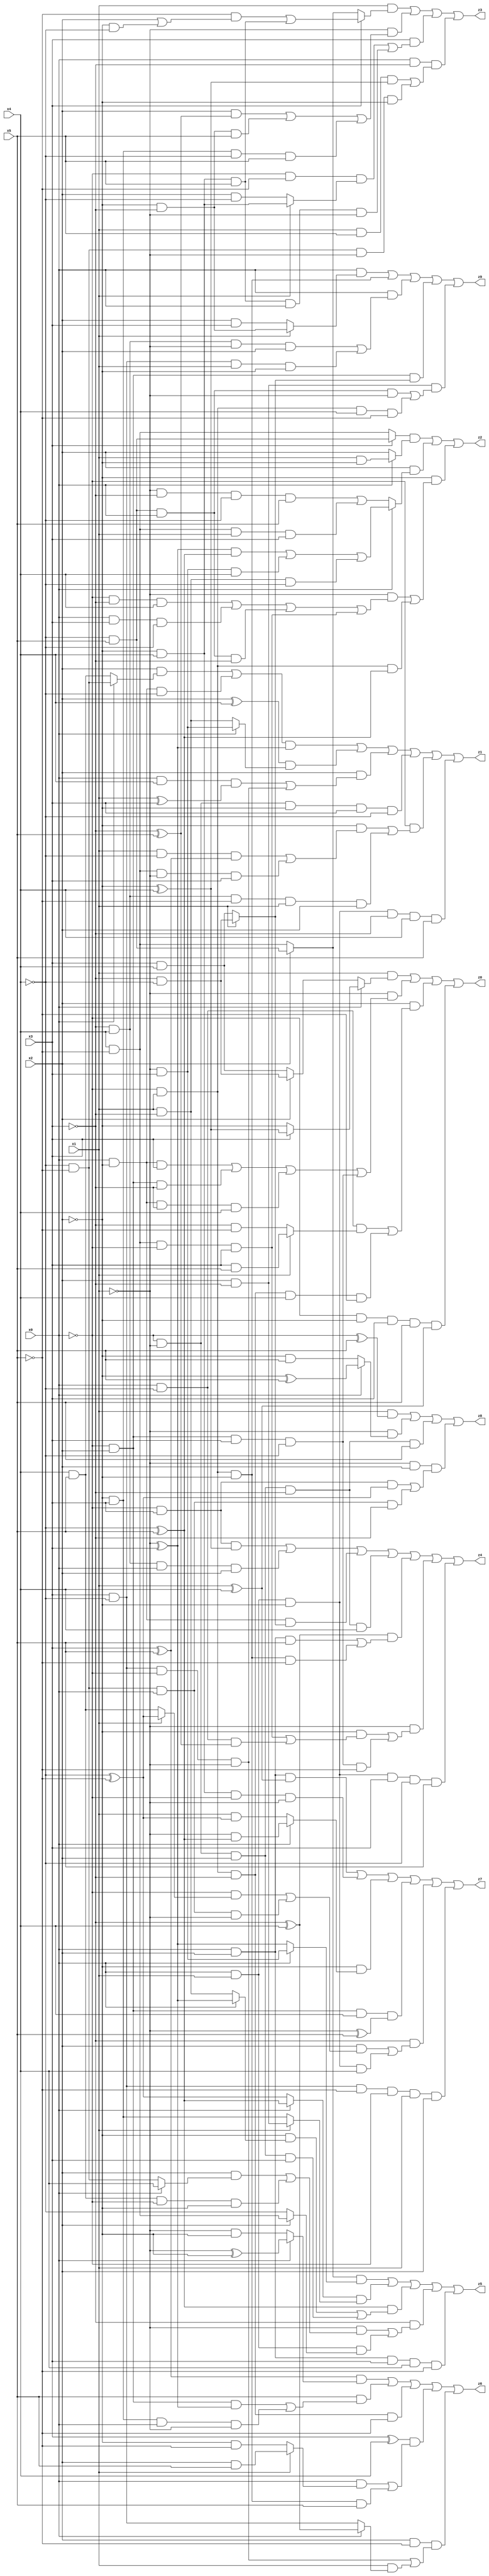
// Benchmark "X_55" written by ABC on Mon Jun 05 19:54:15 2023

module X_55 ( 
    x0, x1, x2, x3, x4, x5,
    z0, z1, z2, z3, z4, z5, z6, z7, z8, z9  );
  input  x0, x1, x2, x3, x4, x5;
  output z0, z1, z2, z3, z4, z5, z6, z7, z8, z9;
  assign z0 = (x1 & (x0 ? (x3 ? (~x2 ^ x4) : ~x2) : (x2 ? (~x3 & ~x4) : (x3 & x4)))) | (~x1 & ((x0 & ~x2 & x3) | (~x0 & x2 & ~x3) | (x0 & ~x2 & ~x3 & x4) | (~x0 & x2 & x3 & ~x4))) | (x2 & ((x0 & ~x4 & (x1 ? (x3 & x5) : (~x3 & ~x5))) | (~x0 & x1 & ~x3 & x4 & ~x5))) | (~x0 & ~x2 & x3 & x5 & (x1 ^ x4));
  assign z1 = (((x2 & (x0 ? (~x4 & ~x5) : (x4 & x5))) | (x0 & ~x2 & ~x4)) & (~x1 ^ x3)) | ((x2 ^ x4) & (x0 ? (~x1 & x3) : (x1 & ~x3))) | (x2 & ((x0 & x4 & (x1 ^ x3)) | (x3 & ~x4 & ~x0 & ~x1))) | (~x0 & ~x1 & ~x2 & x3 & ~x4) | (~x0 & ((~x2 & ((x1 & ~x4 & (x3 ^ x5)) | (x4 & ~x5 & ~x1 & x3))) | (~x3 & x4 & ~x5 & x1 & x2))) | (x0 & x1 & ~x2 & ~x3 & x4 & x5);
  assign z2 = ((x3 ? (~x4 & x5) : (x4 & ~x5)) & (x0 ? (x1 & ~x2) : x2)) | (x2 & (x0 ? (((~x1 ^ x3) & (~x4 ^ x5)) | (~x1 & x3 & x4) | (x1 & ~x3 & ~x4)) : ((~x1 & ~x3 & ~x4 & x5) | (x4 & ~x5 & x1 & x3)))) | (~x2 & ((~x1 & ((~x0 & ~x3 & x4) | (x0 & x3 & ~x4) | (~x4 & x5 & x0 & ~x3) | (x4 & ~x5 & ~x0 & x3))) | (~x0 & x1 & (~x4 ^ x5))));
  assign z3 = (x1 & (x3 ? ((~x5 & (x2 | (~x2 & ~x4))) | (~x2 & x4 & x5)) : (x2 ? (~x4 & x5) : (x4 & ~x5)))) | (~x1 & ((x2 & (~x3 ^ x5)) | (~x2 & ~x3 & x5) | (~x2 & x3 & ~x4 & x5))) | (x3 & ((~x0 & ~x5 & (x1 ? (~x2 & x4) : (x2 & ~x4))) | (~x2 & x4 & x5 & x0 & ~x1))) | (x0 & ~x3 & ((x1 & x5 & (~x2 ^ x4)) | (~x4 & ~x5 & ~x1 & ~x2)));
  assign z4 = (~x0 & x3 & (~x2 ^ x4)) | (~x3 & x4 & x0 & x2) | (x0 & ~x2 & (x1 ? (~x3 & ~x4) : (x3 & x4))) | (~x0 & ~x1 & x2 & ~x3 & x4) | ((~x3 ^ x4) & ((x0 & x2 & x5) | (~x0 & x1 & ~x2 & ~x5))) | (~x1 & ((~x2 & ((x4 & ~x5 & ~x0 & x3) | (x0 & ~x4 & (~x3 ^ x5)))) | (~x0 & x2 & x3 & ~x4 & ~x5))) | (x0 & x1 & ~x2 & x3 & ~x4 & x5);
  assign z5 = ((x2 ? (~x4 & x5) : (x4 & ~x5)) & (x0 ? (~x1 & x3) : (~x1 ^ x3))) | ((x0 ? (~x4 ^ x5) : (~x4 ^ ~x5)) & (x1 ? (x2 & ~x3) : (~x2 & x3))) | ((~x4 ^ x5) & ((~x2 & (x0 ? (~x1 ^ x3) : (x1 & ~x3))) | (~x0 & ~x1 & x2 & x3))) | (~x3 & ((~x1 & ((x2 & (x0 ? x4 : (~x4 & ~x5))) | (x4 & x5 & ~x0 & ~x2))) | (x0 & x1 & (x2 ? (x4 & ~x5) : ~x4)))) | (x0 & x2 & x3 & x4 & ~x5);
  assign z6 = ((x3 ^ x5) & (x0 ? (~x1 ^ ~x2) : (~x1 & ~x2))) | (x5 & ((~x0 & x2 & (~x1 ^ x3)) | (~x2 & x3 & x0 & ~x1))) | (~x0 & x1 & ~x3 & ~x5) | ((x3 ^ x4) & ((x0 & (x1 ? (x2 & x5) : (~x2 & ~x5))) | (~x0 & x1 & ~x2 & x5))) | (x2 & ~x5 & ((x3 & ~x4 & ~x0 & ~x1) | (x1 & (x0 ? (~x3 ^ x4) : (x3 & ~x4)))));
  assign z7 = (x0 & x2 & (x1 ^ x4)) | (~x2 & x4 & ~x0 & ~x1) | (~x2 & (x0 ? (~x1 & (~x4 ^ x5)) : (x1 & (~x4 ^ ~x5)))) | (~x0 & x2 & x4 & (~x1 ^ x5)) | (~x3 & ((x2 & ((~x0 & (x1 ? (~x4 ^ ~x5) : (x4 & x5))) | (~x4 & ~x5 & x0 & ~x1))) | (x0 & x1 & ~x2 & x4))) | (x3 & ~x4 & ~x5 & ~x0 & x1 & x2);
  assign z8 = (x1 & (~x0 ^ x5)) | (~x1 & (x0 ? (~x2 ^ x5) : (~x2 & x5))) | (~x0 & ~x1 & x2 & ~x3 & x5) | (~x1 & x2 & ((~x0 & x3 & (~x4 ^ ~x5)) | (~x4 & ~x5 & x0 & ~x3)));
  assign z9 = (x0 & (x1 ? (~x2 & ~x3) : (x2 & x3))) | (~x0 & x1 & ~x2) | (x0 & ((~x3 & x4 & ~x1 & x2) | (x3 & ~x4 & x1 & ~x2))) | (~x0 & x2 & (x1 ? (~x3 & ~x4) : (x3 & x4))) | (x2 & ~x3 & ((~x4 & x5 & x0 & ~x1) | (~x0 & x1 & x4 & ~x5)));
endmodule